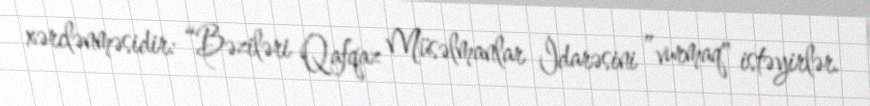
xərclənməsidir: “Bəziləri Qafqaz Müsəlmanlar İdarəsini ”vurmaq" istəyirlər.